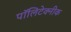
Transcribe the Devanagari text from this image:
पॉलिटेक्‍नीक